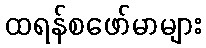
ထရန်စဖော်မာများ